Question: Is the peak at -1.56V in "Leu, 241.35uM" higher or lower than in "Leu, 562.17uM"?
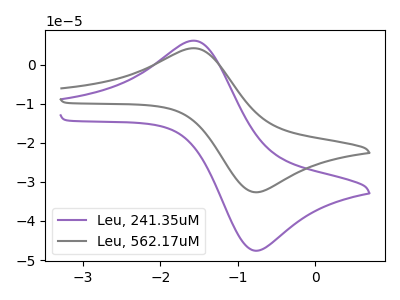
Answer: <think>The purple curve "Leu, 241.35uM" has an anodic peak at (-1.55V, 6.15uA) and a cathodic peak at (-0.80V, -47.50uA). The gray curve "Leu, 562.17uM" has an anodic peak at (-1.55V, 4.20uA) and a cathodic peak at (-0.80V, -32.55uA).</think>
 <answer>The peak at -1.56V is higher in "Leu, 241.35uM" than in "Leu, 562.17uM".</answer>
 <eval>higher</eval>